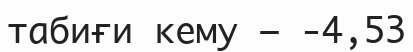
табиғи кему – -4,53